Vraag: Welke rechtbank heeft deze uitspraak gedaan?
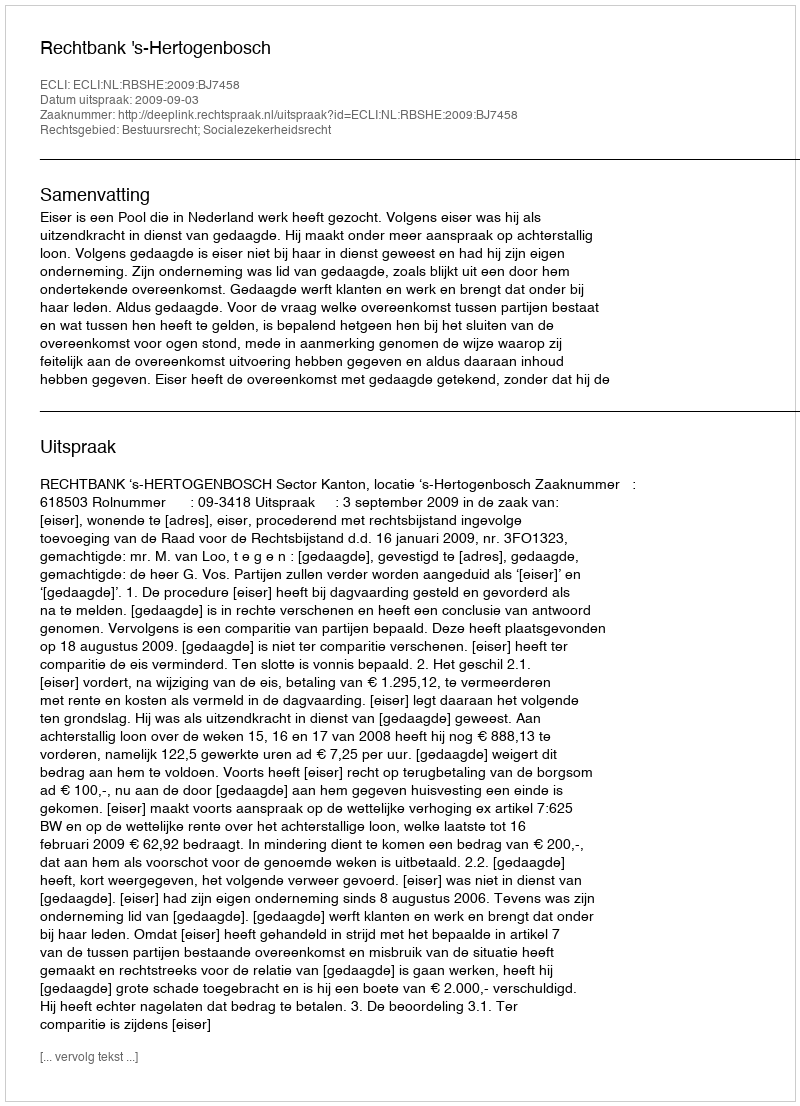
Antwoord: Rechtbank 's-Hertogenbosch